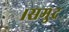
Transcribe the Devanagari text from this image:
।समुद्र